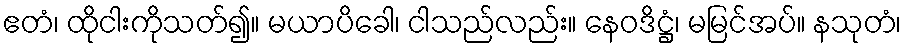
ဧတံ၊ ထိုငါးကိုသတ်၍။ မယာပိခေါ၊ ငါသည်လည်း။ နေဝဒိဋ္ဌံ၊ မမြင်အပ်။ နသုတံ၊